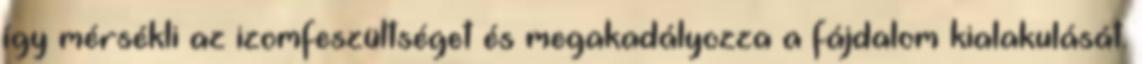
így mérsékli az izomfeszültséget és megakadályozza a fájdalom kialakulását.